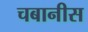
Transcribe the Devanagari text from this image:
चबानीस